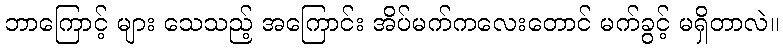
ဘာကြောင့် များ သေသည့် အကြောင်း အိပ်မက်ကလေးတောင် မက်ခွင့် မရှိတာလဲ။